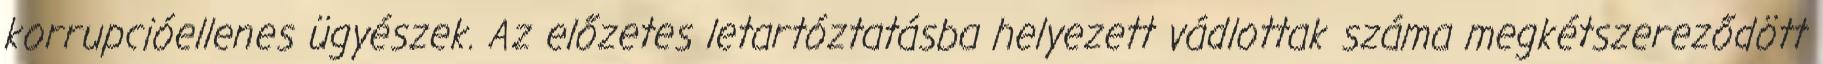
korrupcióellenes ügyészek. Az előzetes letartóztatásba helyezett vádlottak száma megkétszereződött